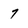
Character: 7